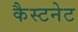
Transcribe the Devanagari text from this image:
कैस्टनेट